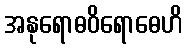
အနုရောဓဝိရောဓေဟိ